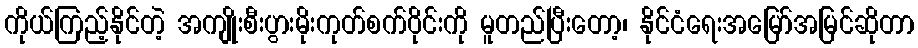
ကိုယ်ကြည့်နိုင်တဲ့ အကျိုးစီးပွားမိုးကုတ်စက်ဝိုင်းကို မူတည်ပြီးတော့၊ နိုင်ငံရေးအမြော်အမြင်ဆိုတာ